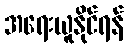
အရေးယူနိုင်ရန်